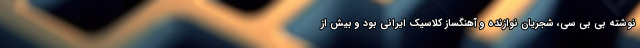
نوشته بی بی سی، شجریان نوازنده و آهنگساز کلاسیک ایرانی بود و بیش از